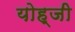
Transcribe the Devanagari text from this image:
योह्जी